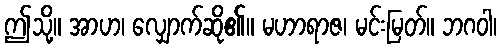
ဤသို့။ အာဟ၊ လျှောက်ဆို၏။ မဟာရာဇ၊ မင်းမြတ်။ ဘဂဝါ၊